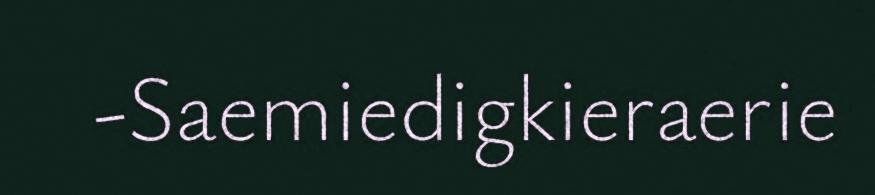
-Saemiedigkieraerie